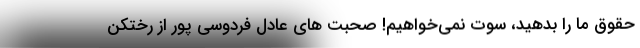
حقوق ما را بدهید، سوت نمی‌خواهیم! صحبت های عادل فردوسی پور از رختکن